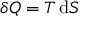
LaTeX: \delta Q = T \, \mathrm { d } S